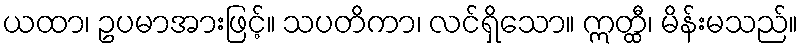
ယထာ၊ ဥပမာအားဖြင့်။ သပတိကာ၊ လင်ရှိသော။ ဣတ္ထီ၊ မိန်းမသည်။